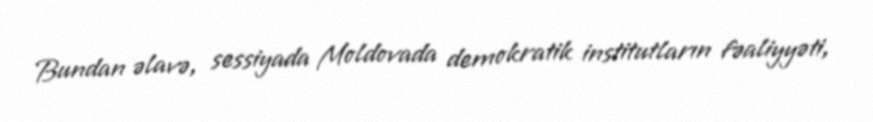
Bundan əlavə, sessiyada Moldovada demokratik institutların fəaliyyəti,